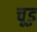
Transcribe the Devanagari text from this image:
चूड़